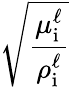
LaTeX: \sqrt{\frac{\mu_{\mathrm{i}}^{\ell}}{\rho_{\mathrm{i}}^{\ell}}}